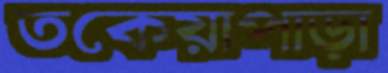
তকেয়াপাড়া